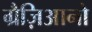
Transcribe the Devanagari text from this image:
ग्रैज़िआनो